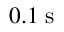
0 . 1 \; \mathrm { { s } }